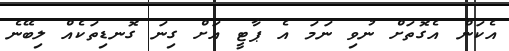
އެކަން އެގޮތަށް ނުވި ނަމަ އެ ޕާޓީ އަށް ގިނަ ގޮނޑިތަކެއް ލިބޭނެ